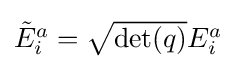
{\textstyle {\tilde {E}}_{i}^{a}={\sqrt {\det(q)}}E_{i}^{a}}